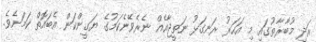
އަދި މުބާރާތުގައި މި އަހަރު ރަނގަޅު ނަތީޖާއެއް ނެރެވޭނެކަމުގެ ޔަގީންކަން އެބައޮތް ކަމަށެވެ.